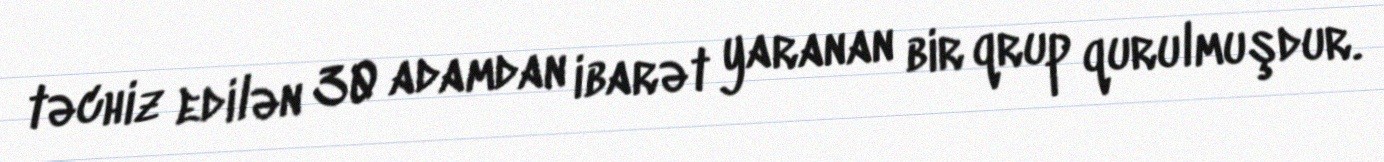
təchiz edilən 30 adamdan ibarət yaranan bir qrup qurulmuşdur.